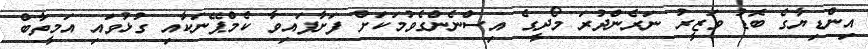
އިންޑިޔާގެ ބޮޑު ވަޒީރު ނަރެންދުރަ މޯދީގެ އިސްނެންގެވުމަކަށް ފަށާފައިވާ ކެމްޕޭނަކާއި ގުޅުވައި އަމީތާބް